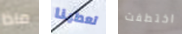
ماذا تعطينا اختطفت